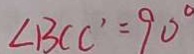
\angle B C C ^ { \prime } = 9 0 ^ { \circ }